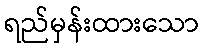
ရည်မှန်းထားသော